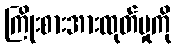
ကြိုးစားအားထုတ်မှုကို